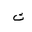
Letter: _tha